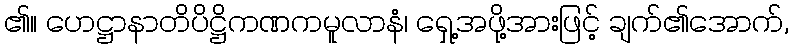
၏။ ဟေဋ္ဌာနာတိပိဋ္ဌိကဏကမူလာနံ၊ ရှေ့အဖို့အားဖြင့် ချက်၏အောက်,